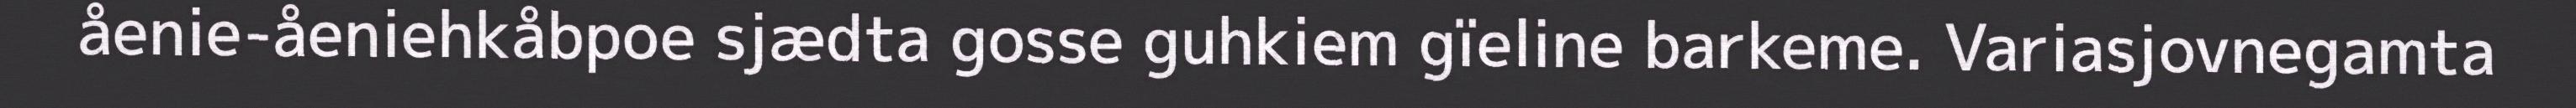
åenie-åeniehkåbpoe sjædta gosse guhkiem gïeline barkeme. Variasjovnegamta